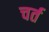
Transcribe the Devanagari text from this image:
चर्त